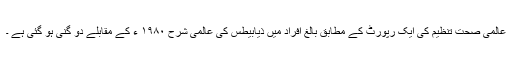
عالمی صحت تنظیم کی ایک رپورٹ کے مطابق بالغ افراد میں ذیابیطس کی عالمی شرح ۱۹۸۰ ء کے مقابلے دو گنی ہو گئی ہے ۔